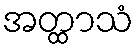
အတ္ထာသံ